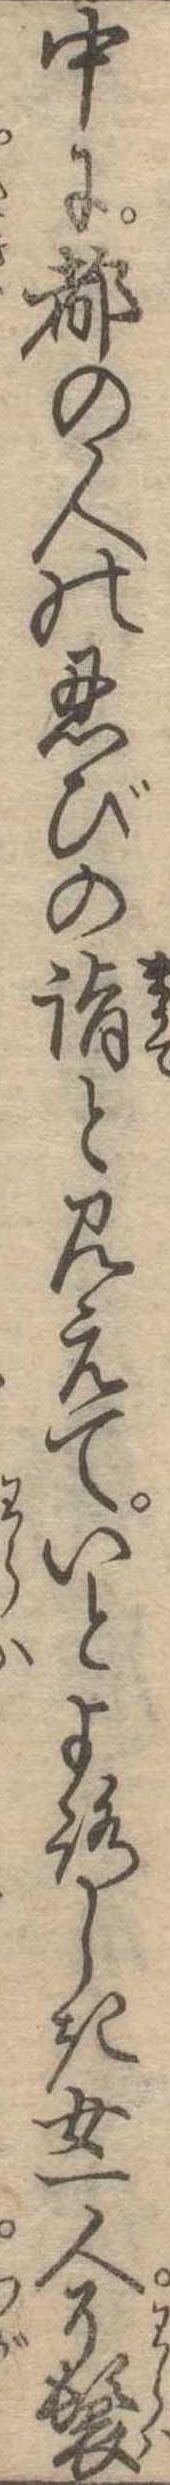
中に都の人の忍びの詣と見えていとよろしき女一人了鬟